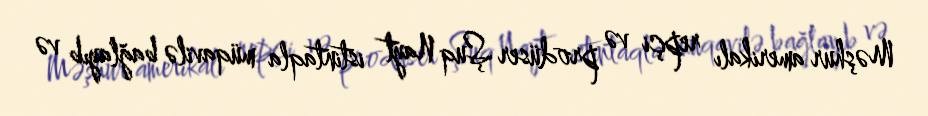
Məşhur amerikalı repçi və prodüser Şuq Nayt istintaqla müqavilə bağlayıb və